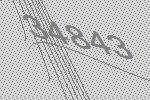
34843